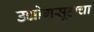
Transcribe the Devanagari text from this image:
उद्योगसूहाचा